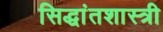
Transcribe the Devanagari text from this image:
सिद्धांतशास्त्री